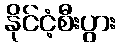
နိုင်ငံ့စီးပွား